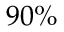
9 0 \%